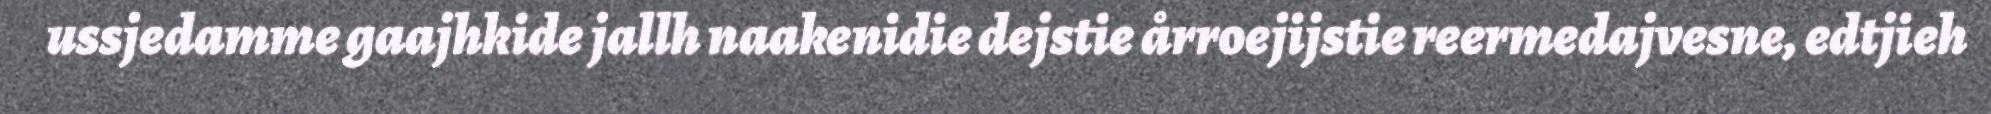
ussjedamme gaajhkide jallh naakenidie dejstie årroejijstie reermedajvesne, edtjieh